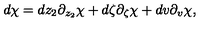
d \chi = d z _ { 2 } \partial _ { z _ { 2 } } \chi + d \zeta \partial _ { \zeta } \chi + d v \partial _ { v } \chi ,